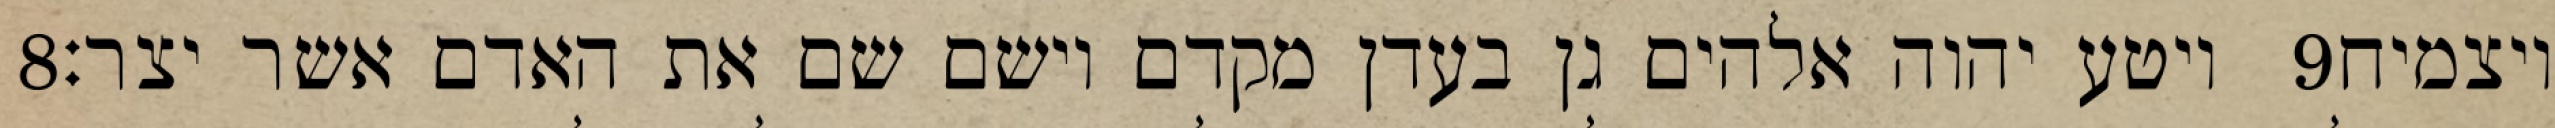
‎8‏ ויטע יהוה אלהים גן בעדן מקדם וישם שם את האדם אשר יצר׃ ‎9‏ ויצמיח